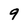
Character: 9